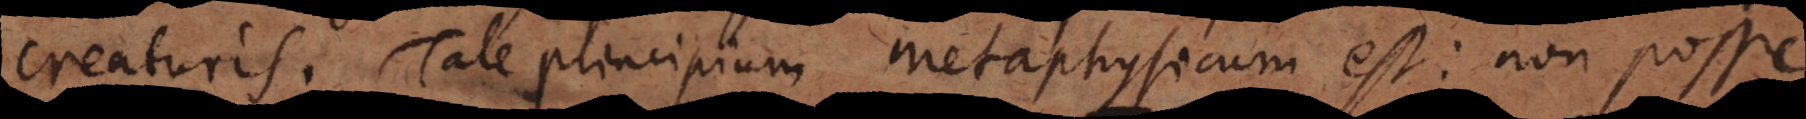
s. Tale principium metaphysicum est: non posse